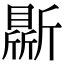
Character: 𣃊